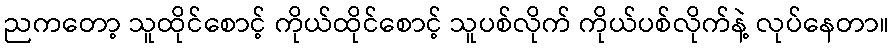
ညကတော့ သူထိုင်စောင့် ကိုယ်ထိုင်စောင့် သူပစ်လိုက် ကိုယ်ပစ်လိုက်နဲ့ လုပ်နေတာ။